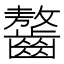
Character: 𪙠